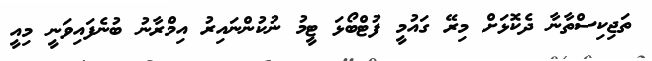
ތަޖިކިސްތާނާ ދެކޮޅަށް މިރޭ ގައުމީ ފުޓްބޯޅަ ޓީމު ނުކުންނައިރު އިމްރާނު ބުނެފައިވަނީ މިއީ